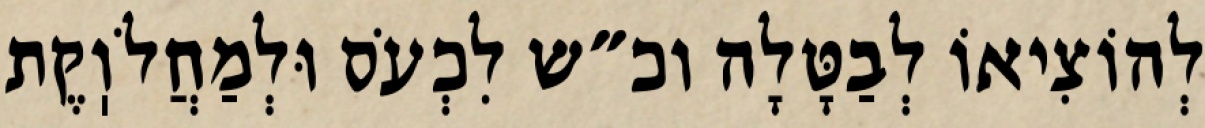
לְהוֹצִיאוֹ לְבַטָּלָה וכ״ש לִכְעֹס וּלְמַחֲלֹוֽקֶת